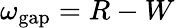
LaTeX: \omega_{\mathrm{gap}}=R-W